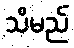
သိမည်